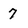
Character: 7